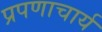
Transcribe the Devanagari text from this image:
प्रपणाचार्य